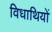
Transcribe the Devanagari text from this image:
विधाथियों